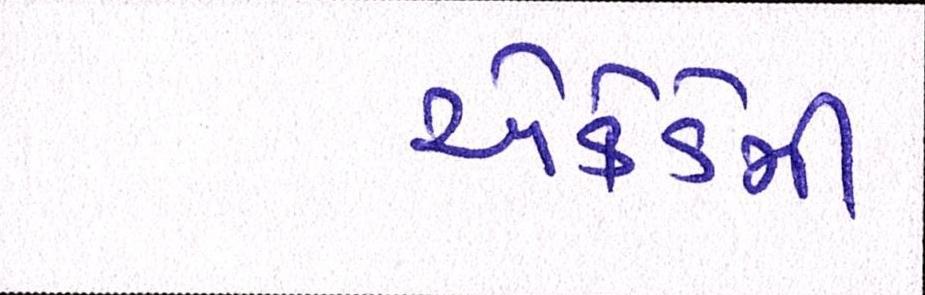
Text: એકેડેમી